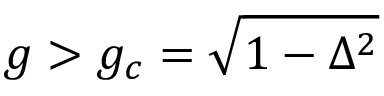
g > g _ { c } = \sqrt { 1 - \Delta ^ { 2 } }